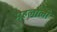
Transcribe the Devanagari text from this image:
मेहलोली